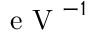
\mathrm { ~ e ~ V ~ } ^ { - 1 }